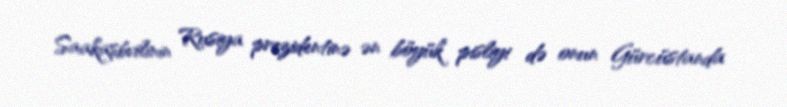
Saakaşbvilinin Rusiya prezidentinə ən böyük pisliyi də onun Gürcüstanda